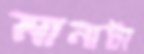
মানাটা